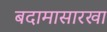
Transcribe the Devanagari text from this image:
बदामासारखा